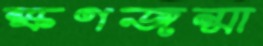
ক্ষণজন্মা